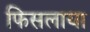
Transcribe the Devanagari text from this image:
फिसलाया